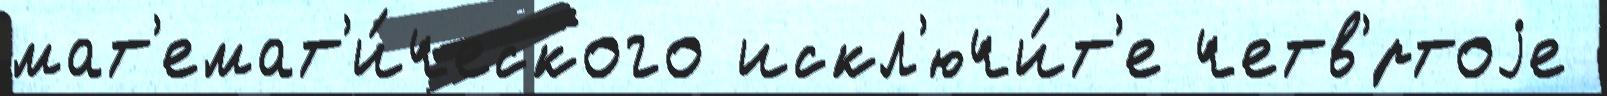
мат'емат'и́ческого искл'ючи́т'е четв'́ртоjе